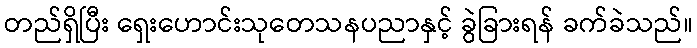
တည်ရှိပြီး ရှေးဟောင်းသုတေသနပညာနှင့် ခွဲခြားရန် ခက်ခဲသည်။